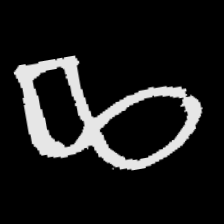
Pyu character \u2014 Myanmar letter: ဆ (romanized: cha)